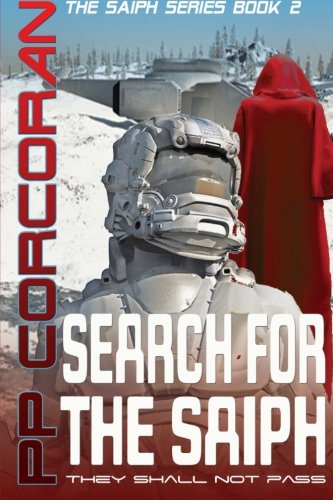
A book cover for Search for the Saiph (The Saiph Series) (Volume 2); PP Corcoran; Science Fiction & Fantasy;